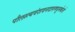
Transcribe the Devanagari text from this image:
पौलस्त्यवंशवनदारुणधूमकेतो